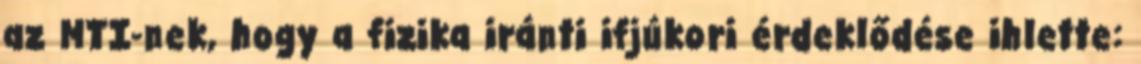
az MTI-nek, hogy a fizika iránti ifjúkori érdeklődése ihlette: